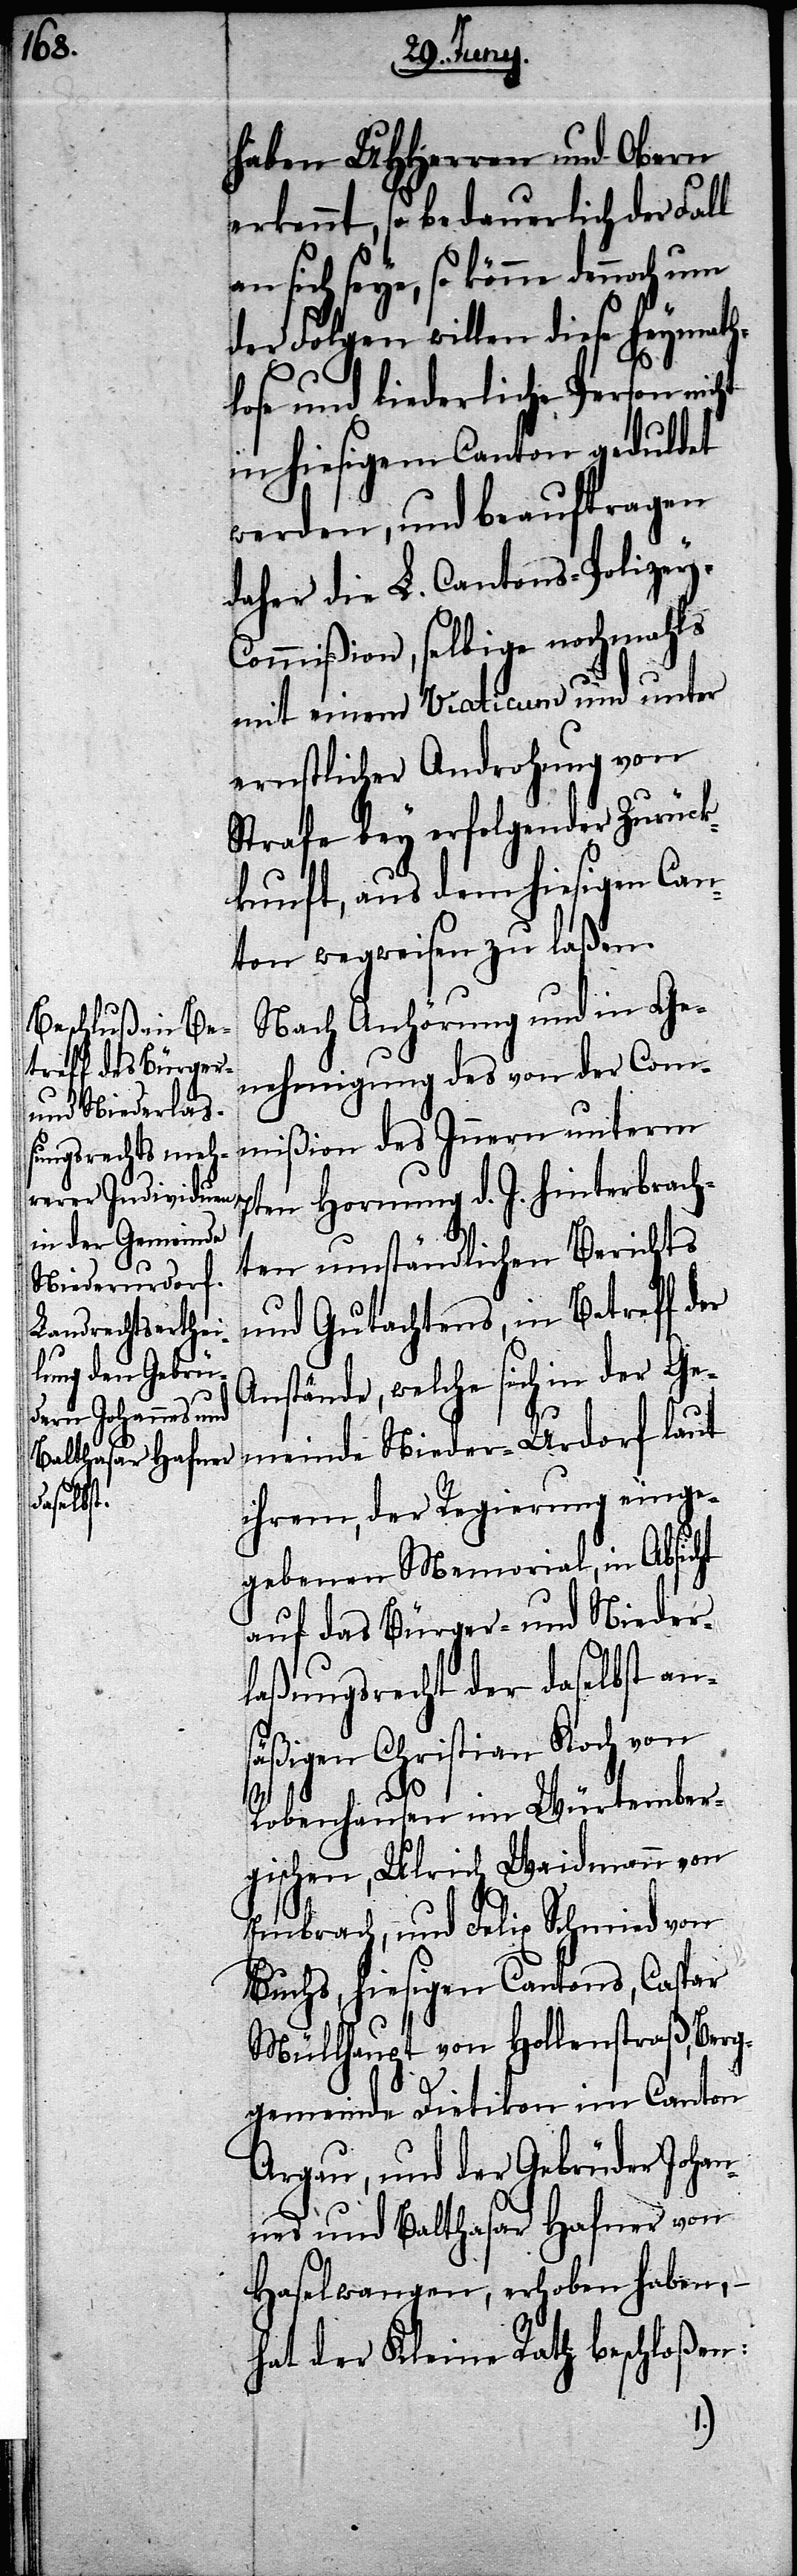
haben UHHerren und Obern
erkennt, so bedauerlich der Fall
sich seye, so könne dennoch
der Folgen willen diese heymath¬
lose und liederliche Person
in hiesigem Canton geduldet
werden, und beauftragen
daher die L. Cantons-Polizey-C¬
ommißion, selbige nochmahls
mit einem Viaticum und unter
ernstlicher Androhung von
Strafe bey erfolgender Zurück¬
kunft, aus dem hiesigen Can¬
ton wegweisen zu laßen.
Nach Anhörung und in Ge¬
nehmigung des von der Com¬
mißion des Innern unterm
7ten Hornung d. J. hinterbrach¬
ten umständlichen Berichts
und Gutachtens, in Betreff der
Anstände, welche sich in der Ge¬
meinde Nieder-Urdorf laut
ihrem, der Regierung einge¬
gebenen Memorial, in Absicht
auf das Bürger- und Nieder¬
laßungsrecht des daselbst an¬
säßigen Christian Koch von
Robenhausen im Würtember¬
gischen, Ulrich Waidmann von
Embrach, und Felix Schmied von
Buchs, hiesigen Cantons, Caspar
Müllhaupt von Hollenstraß, Berg¬
gemeinde Dietikon im Canton
Argau, und der Gebrüder Johan¬
nes und Balthasar Hafner von
Haselwangen, erhoben haben, –
hat der Kleine Rath beschloßen: